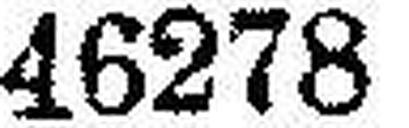
46278